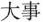
大事